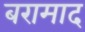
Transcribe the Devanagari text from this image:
बरामाद